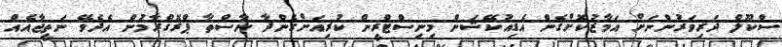
ސްކޫލް ދަރިވަރުންނަށް އަމާޒުކޮށްގެން އެޑިއުކޭޝަން މިނިސްޓްރީން ކުރިއަށްގެންދާ ނާސްތާ ޕްރޮގްރާމުން އެދެވޭ ނަތީޖާއެއް